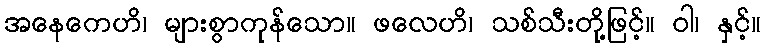
အနေကေဟိ၊ များစွာကုန်သော။ ဖလေဟိ၊ သစ်သီးတို့ဖြင့်။ ဝါ၊ နှင့်။